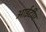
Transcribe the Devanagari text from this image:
आईटीए